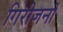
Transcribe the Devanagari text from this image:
गिरीजनों